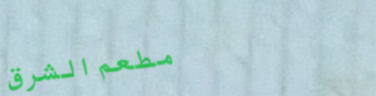
مطعم الشرق